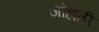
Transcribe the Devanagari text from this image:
जोहाती